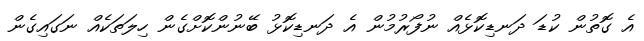
އެ ގޮތުން ކުޑަ ދަނޑިކޮޅެއް ނުފޯރުމުން އެ ދަނޑިކޮޅު ބޭނުންކޮށްގެން ހިލަތަކެއް ނަގައިގެން